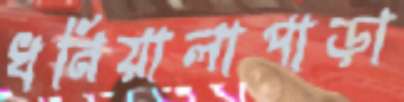
ধনিয়ালাপাড়া